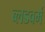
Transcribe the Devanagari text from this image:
ब्लडवर्म